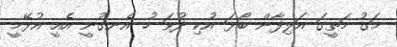
މަގު މަތީގަ އަލިފާން ބޯޅަ އުކި ދުވަ ހު އެނގުނީ އެއީ އުޅޭމީ